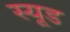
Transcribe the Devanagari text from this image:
स्‍यूड